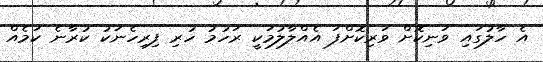
އެ ހާލުގައި ވަނިކޮށް ވަރިކޮށްފަ އެއްލާލުމަކީ ރަހުމު ހުރި ފިރިހެނަކު ކުރާނެ ކަމެއް